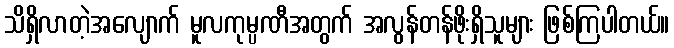
သိရှိလာတဲ့အလျောက် မူလကုမ္ပဏီအတွက် အလွန်တန်ဖိုးရှိသူများ ဖြစ်ကြပါတယ်။